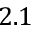
2 . 1